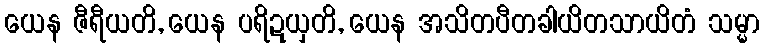
ယေန ဇီရီယတိ, ယေန ပရိဍယှတိ, ယေန အသိတပီတခါယိတသာယိတံ သမ္မာ